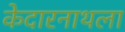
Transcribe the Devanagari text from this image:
केदारनाथला